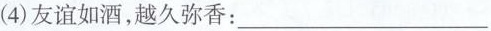
(4)友谊如酒，越久弥香：___